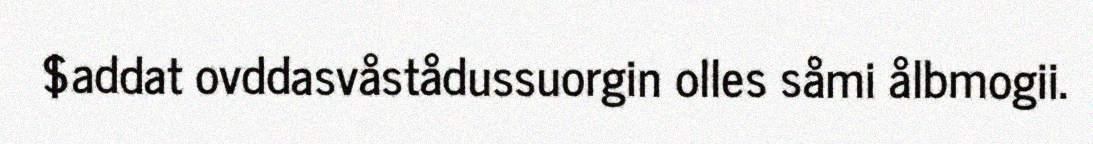
$addat ovddasvåstådussuorgin olles såmi ålbmogii.